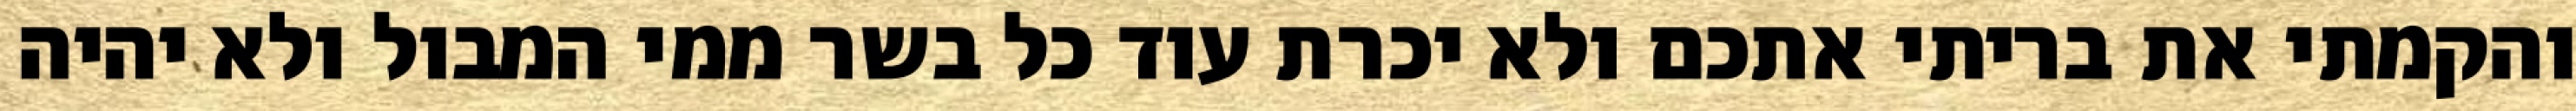
והקמתי את בריתי אתכם ולא יכרת עוד כל בשר ממי המבול ולא יהיה